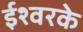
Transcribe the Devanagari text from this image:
ईश्वरके